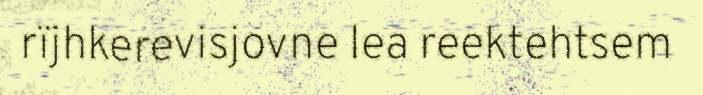
rïjhkerevisjovne lea reektehtsem